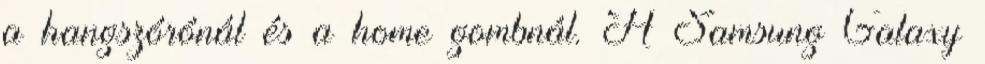
a hangszórónál és a home gombnál. A Samsung Galaxy